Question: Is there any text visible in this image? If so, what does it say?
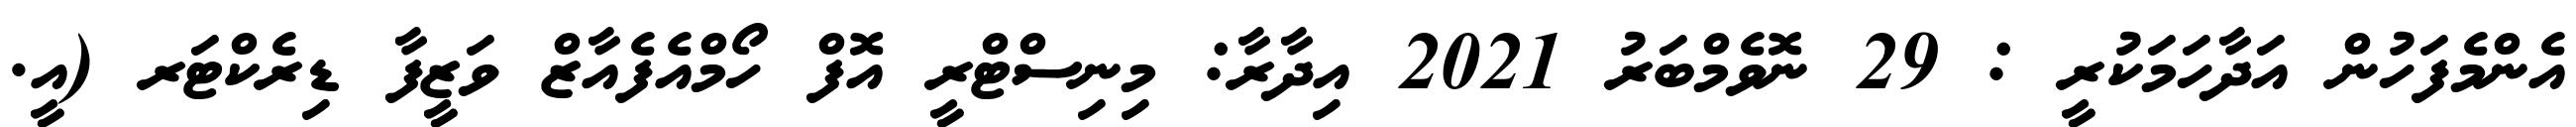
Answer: އެންމެފަހުން އަދާހަމަކުރީ : 29 ނޮވެމްބަރު 2021 އިދާރާ: މިނިސްޓްރީ އޮފް ހޯމްއެފެއާޒް ވަޒީފާ ޑިރެކްޓަރ (އީ.